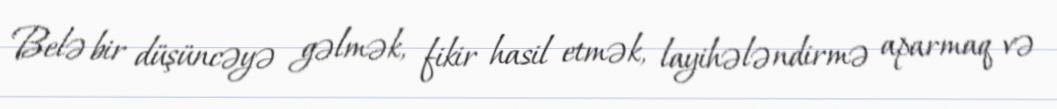
Belə bir düşüncəyə gəlmək, fikir hasil etmək, layihələndirmə aparmaq və